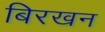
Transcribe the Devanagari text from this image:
बिरखन